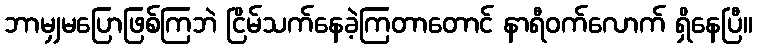
ဘာမျှမပြောဖြစ်ကြဘဲ ငြိမ်သက်နေခဲ့ကြတာတောင် နာရီဝက်လောက် ရှိနေပြီ။